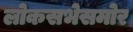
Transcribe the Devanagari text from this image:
लोकसभेसमोर